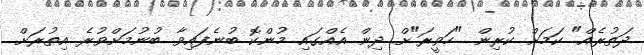
ދަތުރެއް" ކަމަށް ކުރިން "ހަވީރަ"ށް ދިން އެއްގައި މުންކޮ ބުނެފައިވާ ބުނުމަށްވުރެ އިތުރަށް